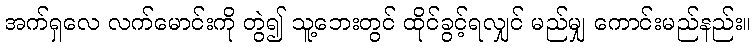
အက်ရှလေ လက်မောင်းကို တွဲ၍ သူ့ဘေးတွင် ထိုင်ခွင့်ရလျှင် မည်မျှ ကောင်းမည်နည်း။